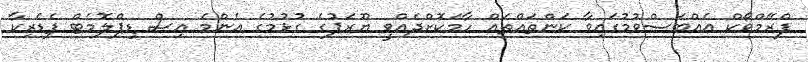
ފްރޭމްވޯކް އެއްބަސްވުމުގައިވާ ކަންތައްތައް ހާމަކޮށްދެއްވީ ޔޫރަޕުގެ ގުޅުމުގެ އެންމެ އިސް ޑިޕްލޮމެޓް ފެޑެރިކާ